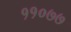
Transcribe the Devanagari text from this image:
११०७७